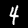
Digit: 4